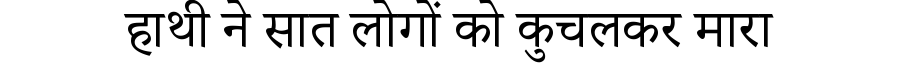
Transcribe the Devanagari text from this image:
हाथी ने सात लोगों को कुचलकर मारा